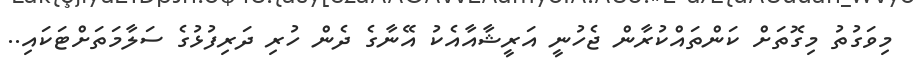
މިވަގުތު މިގޮތަށް ކަންތައްކުރާން ޖެހުނީ އަރީޝާއާއެކު އޭނާގެ ދެން ހުރި ދަރިފުޅުގެ ސަލާމަތަށްޓަކައި..